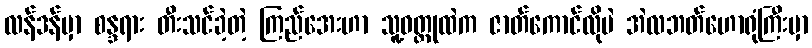
လန်ဒန်မှာ စန္ဒရား တီးသင်ခဲ့တဲ့ ကြည်အေးဟာ သူ့ဝတ္ထုထဲက ဇာတ်ကောင်လိုပဲ အဲလဘတ်ဟောရုံကြီးမှာ